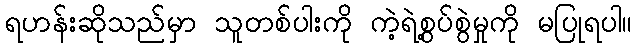
ရဟန်းဆိုသည်မှာ သူတစ်ပါးကို ကဲ့ရဲ့စွပ်စွဲမှုကို မပြုရပါ။